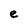
Character: e